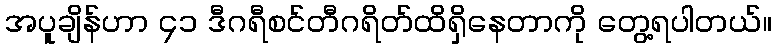
အပူချိန်ဟာ ၄၁ ဒီဂရီစင်တီဂရိတ်ထိရှိနေတာကို တွေ့ရပါတယ်။